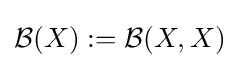
{\mathcal {B}}(X):={\mathcal {B}}(X,X)